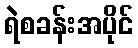
ရဲစခန်းအပိုင်